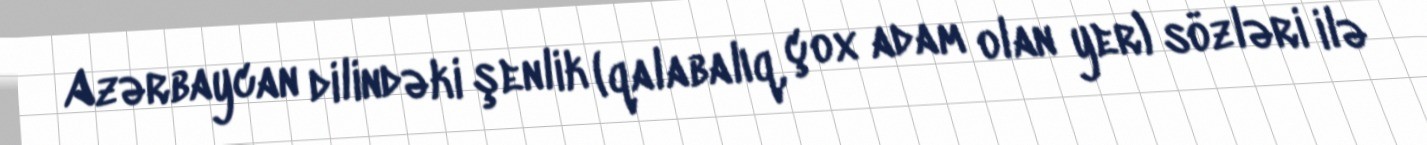
Azərbaycan dilindəki şenlik (qalabalıq, çox adam olan yer) sözləri ilə